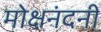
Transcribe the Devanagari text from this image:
मोक्षनंदनी